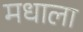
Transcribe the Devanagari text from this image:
मधाला